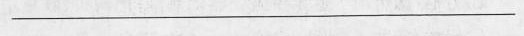
___